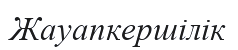
Жауапкершілік